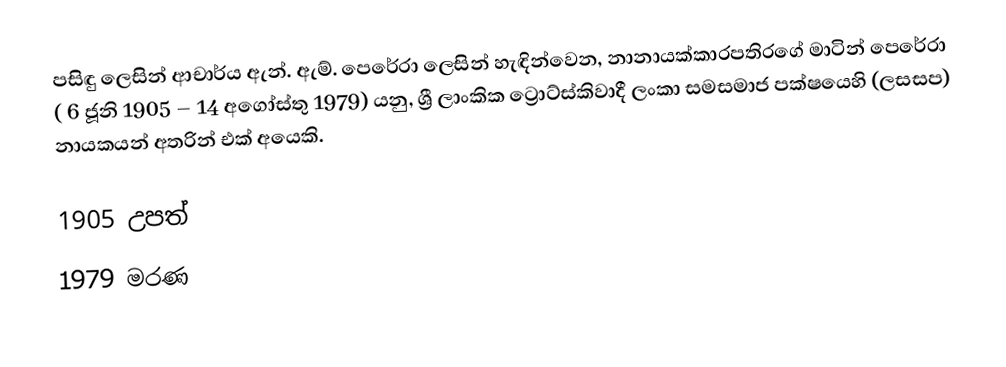
පසිඳු ලෙසින්  ආචාර්ය  ඇන්. ඇම්. පෙරේරා ලෙසින් හැඳින්වෙන, නානායක්කාරපතිරගේ මාටින් පෙරේරා ( 6 ජූනි 1905 – 14 අගෝස්තු 1979) යනු,  ශ්‍රී ලාංකික ට්‍රොට්ස්කිවාදී ලංකා සමසමාජ පක්ෂයෙහි (ලසසප) නායකයන් අතරින් එක් අයෙකි.

1905 උපත්
1979 මරණ